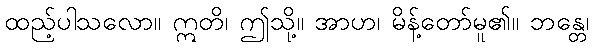
ထည့်ပါသလော။ ဣတိ၊ ဤသို့။ အာဟ၊ မိန့်တော်မူ၏။ ဘန္တေ၊